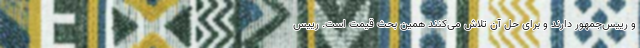
و رییس‌جمهور دارند و برای حل آن تلاش می‌کنند همین بحث قیمت است. رییس